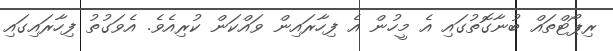
ރިޕޯޓްތައް ބުނާގޮތުގައި އެ މީހުން އެ ފިހާރައިން ވައްކަން ކުރިއެވެ. އެވަގުތު ފިހާރައިގައި